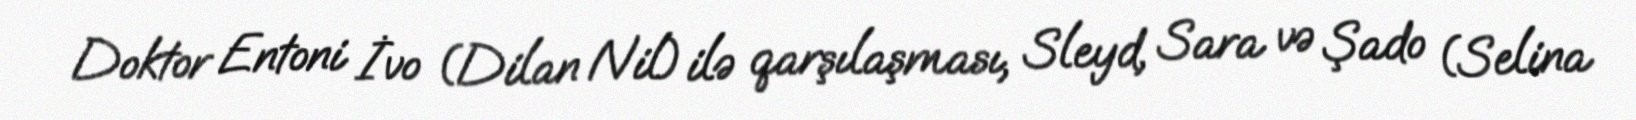
Doktor Entoni İvo (Dilan Nil) ilə qarşılaşması, Sleyd, Sara və Şado (Selina